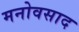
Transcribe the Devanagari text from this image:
मनोवसाद